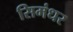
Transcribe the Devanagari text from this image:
सिमंधर